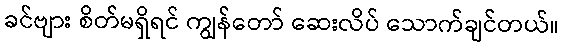
ခင်ဗျား စိတ်မရှိရင် ကျွန်တော် ဆေးလိပ် သောက်ချင်တယ်။